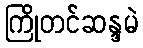
ကြိုတင်ဆန္ဒမဲ